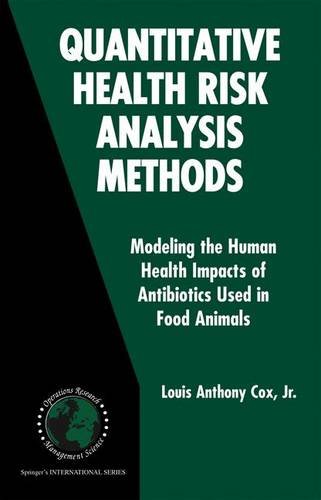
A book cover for Quantitative Health Risk Analysis Methods: Modeling the Human Health Impacts of Antibiotics Used in Food Animals (International Series in Operations Research & Management Science); Louis Anthony Cox Jr.; Medical Books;